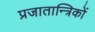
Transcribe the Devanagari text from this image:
प्रजातान्त्रिकों